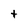
Character: t